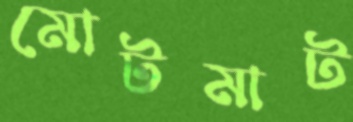
মোটমাট